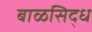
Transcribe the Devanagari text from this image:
बाळसिद्ध